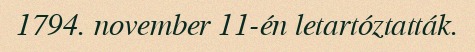
1794. november 11-én letartóztatták.